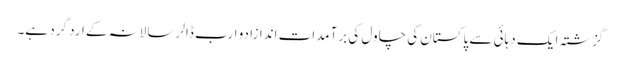
گزشتہ ایک دہائی سے پاکستان کی چاول کی برآمدات اندازا دو ارب ڈالر سالانہ کے ارد گرد ہے۔